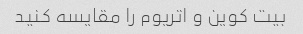
بیت کوین و اتریوم را مقایسه کنید